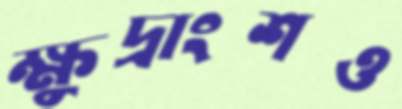
ক্ষুদ্রাংশও